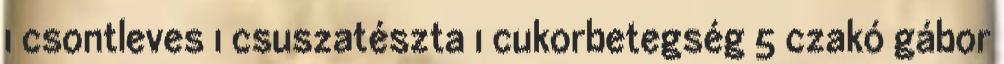
1 csontleves 1 csuszatészta 1 cukorbetegség 5 czakó gábor